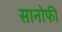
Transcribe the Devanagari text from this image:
सानोफी